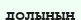
долының